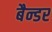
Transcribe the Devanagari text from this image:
बैन्डर